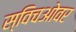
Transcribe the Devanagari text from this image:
स्विचओवर